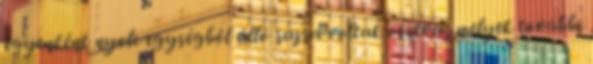
egyenként nyolc egységből álló rajra voltak osztva, melyek további